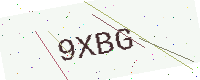
Text: 9XBG